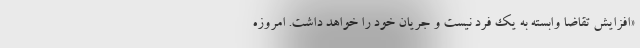
«افزایش تقاضا وابسته به یک فرد نیست و جریان خود را خواهد داشت. امروزه